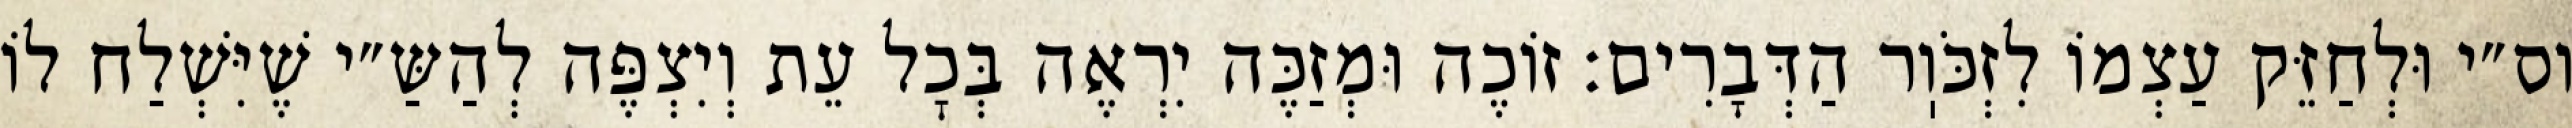
וס״י וּלְחַזֵּק עַצְמוֹ לִזְכֹּוֽר הַדְּבָרִים: זוֹכֶה וּמְזַכֶּה יִרְאֶה בְּכׇל עֵת וְיִצְפֶּה לְהַשַּ״י שֶׁיִּשְׁלַח לוֹ